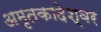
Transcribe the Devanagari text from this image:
अमृतकादेश्वर